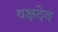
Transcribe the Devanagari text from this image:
यक्षदेव